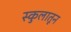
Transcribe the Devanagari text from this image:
स्कुलातून